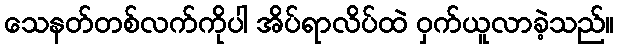
သေနတ်တစ်လက်ကိုပါ အိပ်ရာလိပ်ထဲ ဝှက်ယူလာခဲ့သည်။